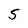
Character: 5